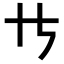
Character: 𪜀